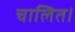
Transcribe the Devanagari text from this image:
चालित।